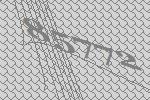
85772